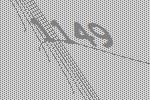
1149